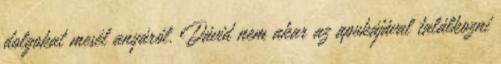
dolgokat mesél anyáról. Dávid nem akar az apukájával találkozni